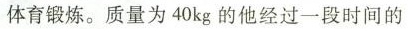
体育锻炼。质量为40kg的他经过一段时间的